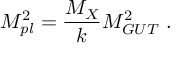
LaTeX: M _ { p l } ^ { 2 } = { \frac { M _ { X } } { \displaystyle { k } } } M _ { G U T } ^ { 2 } ~ . ~ \,